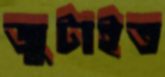
জুটাইত